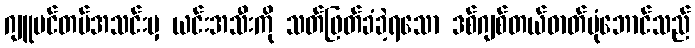
ဂျူဗင်တပ်အသင်းမှ ယင်းအသီးကို သတ်ဖြတ်ခံခဲ့ရသော ဒစ်ဂျစ်တယ်ဓာတ်ပုံဘောင်သည်